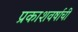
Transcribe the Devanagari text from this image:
प्रकाशवर्षाची